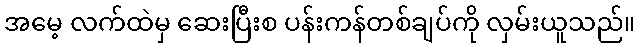
အမေ့ လက်ထဲမှ ဆေးပြီးစ ပန်းကန်တစ်ချပ်ကို လှမ်းယူသည်။